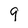
Character: 9